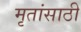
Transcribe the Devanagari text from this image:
मृतांसाठी